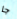
جا